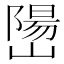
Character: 𫶖